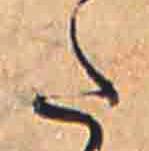
た